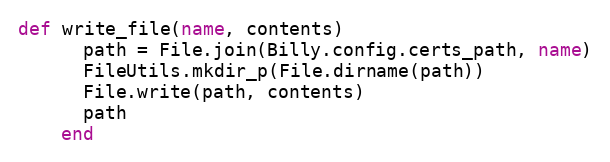
Language: Ruby
def write_file(name, contents)
      path = File.join(Billy.config.certs_path, name)
      FileUtils.mkdir_p(File.dirname(path))
      File.write(path, contents)
      path
    end